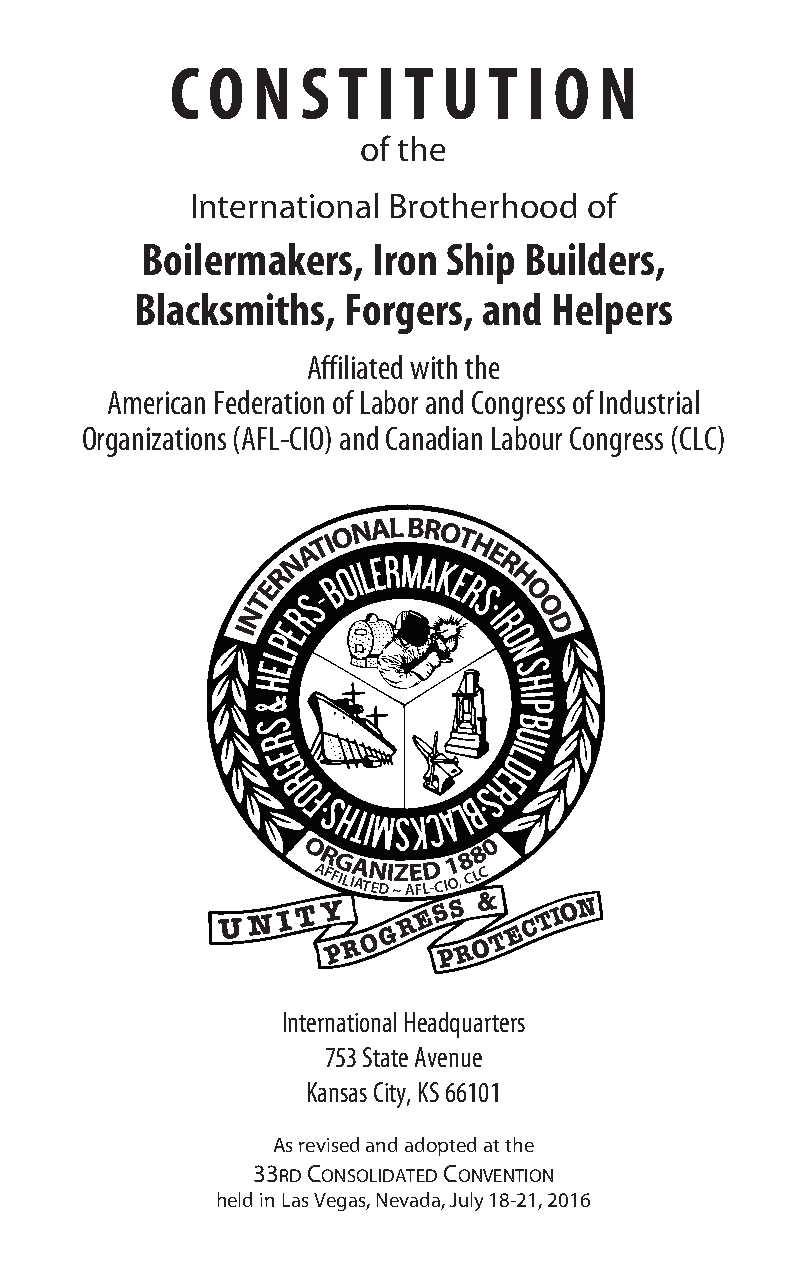
C  O  N  S T  I T U  T  I O  N
 of the
 International Brotherhood of
 Boilermakers,   Iron Ship Builders,
 Blacksmiths,  Forgers, and Helpers
 Affiliated with the
 American Federation of Labor and Congress of Industrial
 Organizations (AFL-CIO) and Canadian Labour Congress (CLC)
 AFFILIATED
 ~
 AFL-CIO,
 CLC
 International Headquarters
 753 State Avenue
 Kansas City, KS 66101
 As revised and adopted at the
 33rd Consolidated Convention
 held in Las Vegas, Nevada, July 18-21, 2016